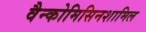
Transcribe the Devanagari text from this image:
वैन्कोमिसिनशामिल